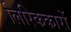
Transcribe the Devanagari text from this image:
लिरिककारों